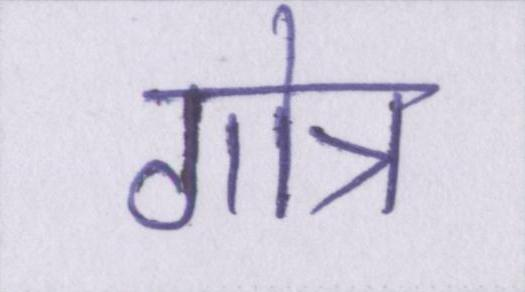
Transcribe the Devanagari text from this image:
गोत्र